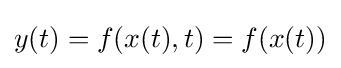
y(t)=f(x(t),t)=f(x(t))